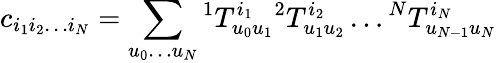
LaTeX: c_{i_{1}i_{2}\ldots i_{N}}=\sum_{u_{0}\ldots u_{N}}{{^1T_{u_{0}u_{1}}^{i_{1}}}{^2T_{u_{1}u_{2}}^{i_{2}}}\ldots{^NT_{u_{N-1}u_{N}}^{i_{N}}}}